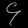
Digit: ၄